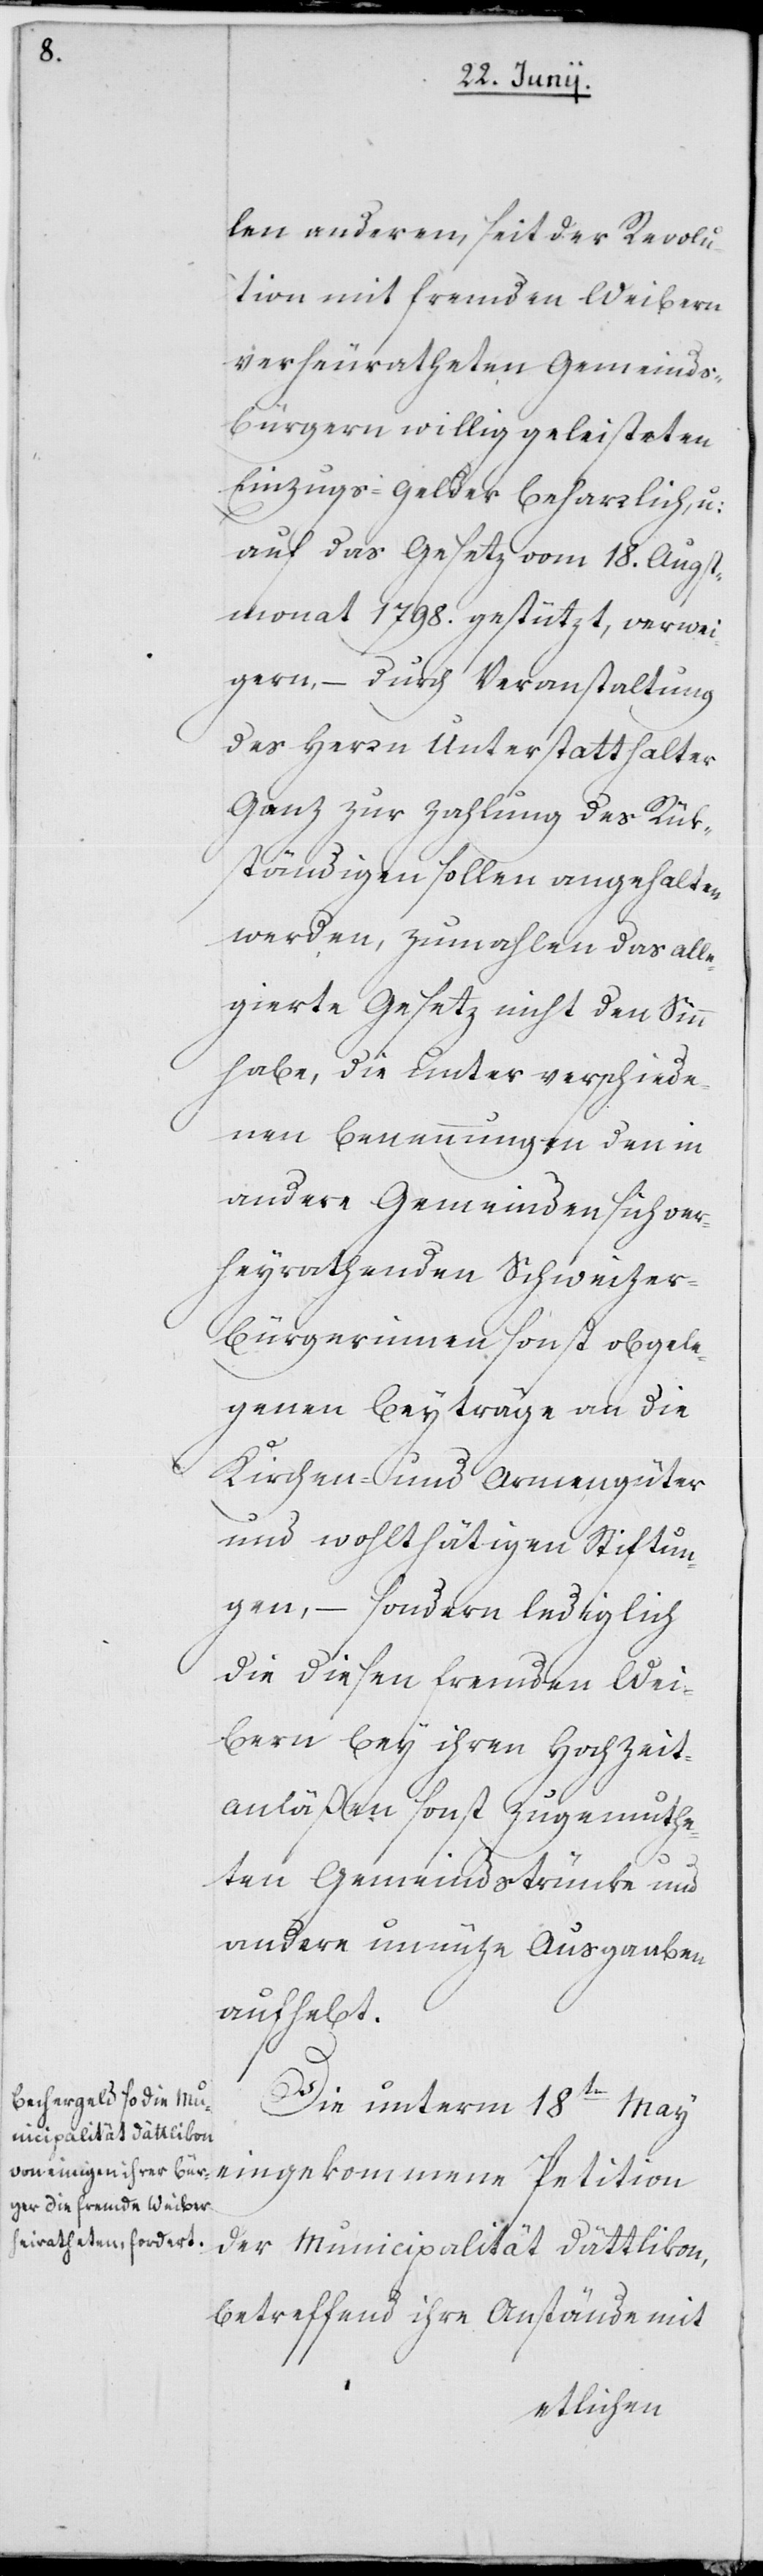
len anderen, seit der Revolu¬
tion mit fremden Weibern
verheuratheten Gemeinds¬
bürgern willig geleisteten
Einzugs-Gelder beharrlich, u:
auf das Gesetz vom 18. Augus¬
tmonat 1798. gestützt, verwei¬
gern, – durch Veranstaltung
des Herrn Unterstatthalter
Ganz zur Zahlung des Rük¬
ständigen sollen angehalten
werden, zumahlen das alle¬
gierte Gesetz nicht den Sinn
habe, die unter verschiede¬
nen Benennungen den in
andere Gemeinden sich ver¬
heyrathenden Schweizer¬
bürgerinnen sonst obgele¬
genen Beyträge an die
Kirchen- und Armengüter
und wohlthätigen Stiftun¬
gen, – sondern lediglich
die diesen fremden Wei¬
bern bey ihren Hochzeit¬
sanläßen sonst zugemuthe¬
ten Gemeindstrünke und
andere unnüze Ausgaben
aufhebt.
Die unterm 18ten May
eingekommene Petition
der Municipalität Dättlikon,
betreffend ihre Anstände mit